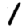
Digit: 1